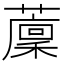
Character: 𦾰